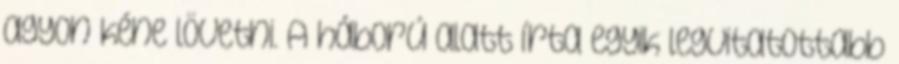
agyon kéne lövetni. A háború alatt írta egyik legvitatottabb